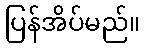
ပြန်အိပ်မည်။